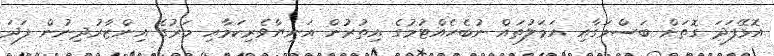
އޮޅޭފަދަ ގޮތަށް ބަސްމަގާއި އަމަލުތައް ނުބެހެއްޓުމުގެ އިތުރުން އަނިޔާވެރިކަމާއި މަރުގެ އިންޒާރުދިނުން ފަދަ